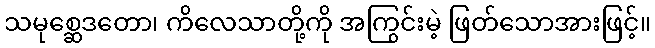
သမုစ္ဆေဒတော၊ ကိလေသာတို့ကို အကြွင်းမဲ့ ဖြတ်သောအားဖြင့်။